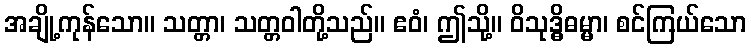
အချို့ကုန်သော။ သတ္တာ၊ သတ္တဝါတို့သည်။ ဧဝံ၊ ဤသို့။ ဝိသုဒ္ဓိဓမ္မာ၊ စင်ကြယ်သော